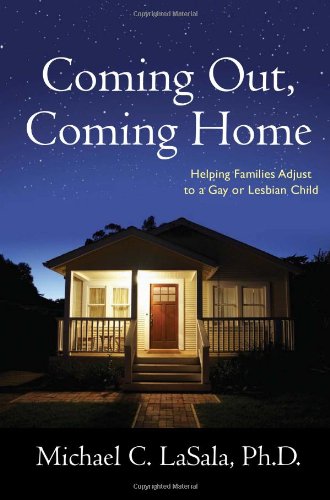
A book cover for Coming Out, Coming Home: Helping Families Adjust to a Gay or Lesbian Child; Michael C. LaSala; Gay & Lesbian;